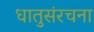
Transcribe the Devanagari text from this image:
धातुसंरचना